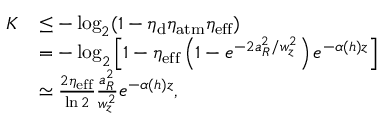
\begin{array} { r l } { K } & { \leq - \log _ { 2 } ( 1 - \eta _ { \mathrm { d } } \eta _ { \mathrm { a t m } } \eta _ { \mathrm { e f f } } ) } \\ & { = - \log _ { 2 } \left[ 1 - \eta _ { \mathrm { e f f } } \left( 1 - e ^ { - 2 a _ { R } ^ { 2 } / w _ { z } ^ { 2 } } \right) e ^ { - \alpha ( h ) z } \right] } \\ & { \simeq \frac { 2 \eta _ { \mathrm { e f f } } } { \ln 2 } \frac { a _ { R } ^ { 2 } } { w _ { z } ^ { 2 } } e ^ { - \alpha ( h ) z } , } \end{array}